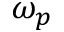
\omega _ { p }